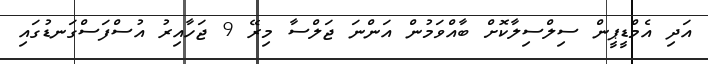
އަދި އެމްޑީޕީން ސިލްސިލާކޮށް ބާއްވަމުން އަންނަ ޖަލްސާ މިރޭ 9 ޖަހާއިރު އުސްފަސްގަނޑުގައި